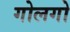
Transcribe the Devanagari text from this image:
गोलगो